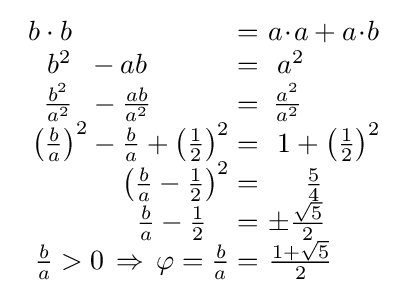
{\begin{array}{rl}b\cdot b\,\;\;\qquad \quad \qquad =&\!\!\!\!a\!\cdot \!a+a\!\cdot \!b\\b^{2}\;\;-ab\quad \qquad =&\!\!a^{2}\\{\frac {b^{2}}{a^{2}}}\;\;-{\frac {ab}{a^{2}}}\;\;\;\qquad =&\!\!\!{\frac {a^{2}}{a^{2}}}\\\left({\frac {b}{a}}\right)^{2}-{\frac {b}{a}}+\left({\frac {1}{2}}\right)^{2}=&\!\!1+\left({\frac {1}{2}}\right)^{2}\\\left({\frac {b}{a}}-{\frac {1}{2}}\right)^{2}=&\!\!\quad {\frac {5}{4}}\\{\frac {b}{a}}-{\frac {1}{2}}\;\;\;=&\!\!\!\!\pm {\frac {\sqrt {5}}{2}}\\{\frac {b}{a}}>0\,\Rightarrow \,\varphi ={\frac {b}{a}}=&\!\!\!\!{\frac {1+{\sqrt {5}}}{2}}\end{array}}